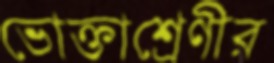
ভোক্তাশ্রেণীর